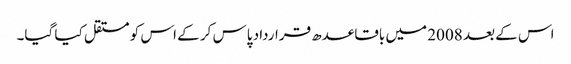
اس کے بعد 2008 میں باقاعدھ قرارداد پاس کر کے اس کو مستقل کیا گیا۔